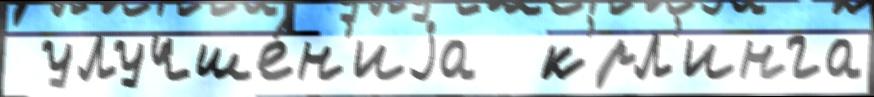
 улучше́н'иjа  к'́рл'инга